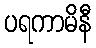
ပရကာမိနီ